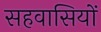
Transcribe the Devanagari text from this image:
सहवासियों